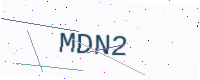
Text: MDN2